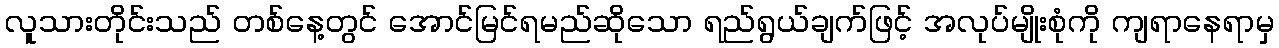
လူသားတိုင်းသည် တစ်နေ့တွင် အောင်မြင်ရမည်ဆိုသော ရည်ရွယ်ချက်ဖြင့် အလုပ်မျိုးစုံကို ကျရာနေရာမှ